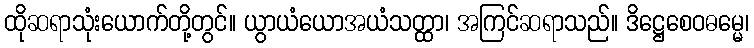
ထိုဆရာသုံးယောက်တို့တွင်။ ယွာယံယောအယံသတ္ထာ၊ အကြင်ဆရာသည်။ ဒိဋ္ဌေစေဝဓမ္မေ၊